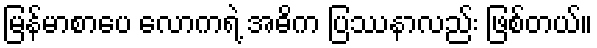
မြန်မာစာပေ လောကရဲ့ အဓိက ပြဿနာလည်း ဖြစ်တယ်။